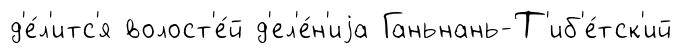
д'е́л'итс'я волост'е́й д'ел'е́н'иjа Ганьнань-Т'иб'е́тск'ий